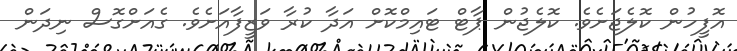
އޮފީހުން ކޮލެޖަށެވެ. ކޮލެޖުން ޕާޓް ޓައިމްކޮށް އަދާ ކުރާ ވަޒީފާއަށެވެ. ގެއަށްގޮސް ނިދަން